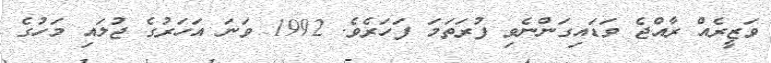
ވަޒީރެއް ރާއްޖެ ވަޑައިގަންނެވި ފުރަތަމަ ފަހަރެވެ. 1992 ވަނަ އަހަރުގެ ޖުލައި މަހުގެ